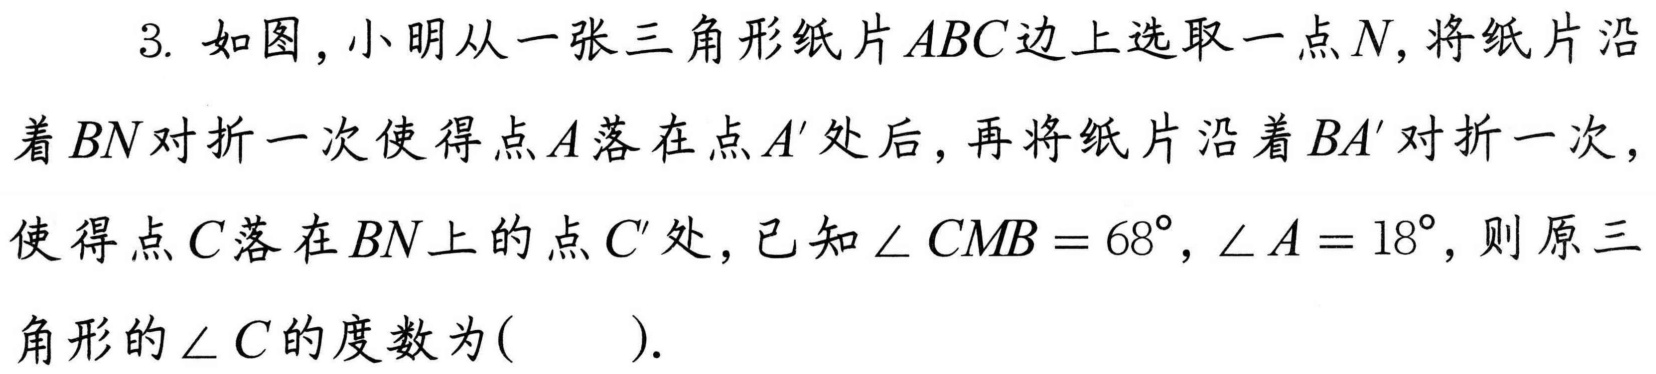
3. 如图，小明从一张三角形纸片\(ABC\)边上选取一点\(N\)，将纸片沿
着\(BN\)对折一次使得点\(A\)落在点\(A'\)处后，再将纸片沿着\(BA'\)对折一次，
使得点\(C\)落在\(BN\)上的点\(C'\)处，已知\(\angle CMB = 68^{\circ}\)，\(\angle A = 18^{\circ}\)，则原三
角形的\(\angle C\)的度数为( ).